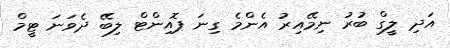
އަދި ލީގް ބުރު ނިމޭއިރު އެންމެ ގިނަ ޕޮއިންޓް ލިބޭ ދެވަނަ ޓީމް